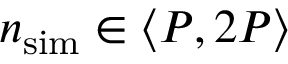
{ \ensuremath { n _ { \mathrm { s i m } } } } \in \langle P , 2 P \rangle